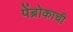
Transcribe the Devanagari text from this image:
पेंब्रोकाची